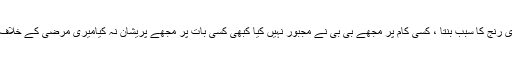
علی کہتے ہیں: فاطمہ(ع) جتنے دن میرے گھر رہیں کوئی ایسا لمحہ نہ آیا کہ میری رنج کا سبب بنتا ، کسی کام پر مجھے بی بی نے مجبور نہیں کیا کبھی کسی بات پر مجھے پریشان نہ کیامیری مرضی کے خلاف کبھی قدم نہیں اٹھایا جب بھی فاطمہ(ع) کو دیکھتا میرے سارے غم ختم ہو جاتے۔